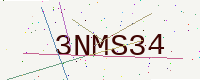
Text: 3NMS34